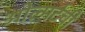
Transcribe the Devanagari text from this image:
ओल्मर्टची